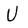
Character: U